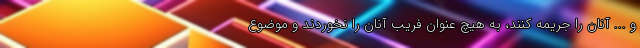
و ... آنان را جریمه کنند، به هیچ عنوان فریب آنان را نخوردند و موضوع